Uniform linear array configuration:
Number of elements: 8
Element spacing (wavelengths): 1
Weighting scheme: binomial
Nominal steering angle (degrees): -45
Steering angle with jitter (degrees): -46.878
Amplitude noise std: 0.05
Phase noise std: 0.05

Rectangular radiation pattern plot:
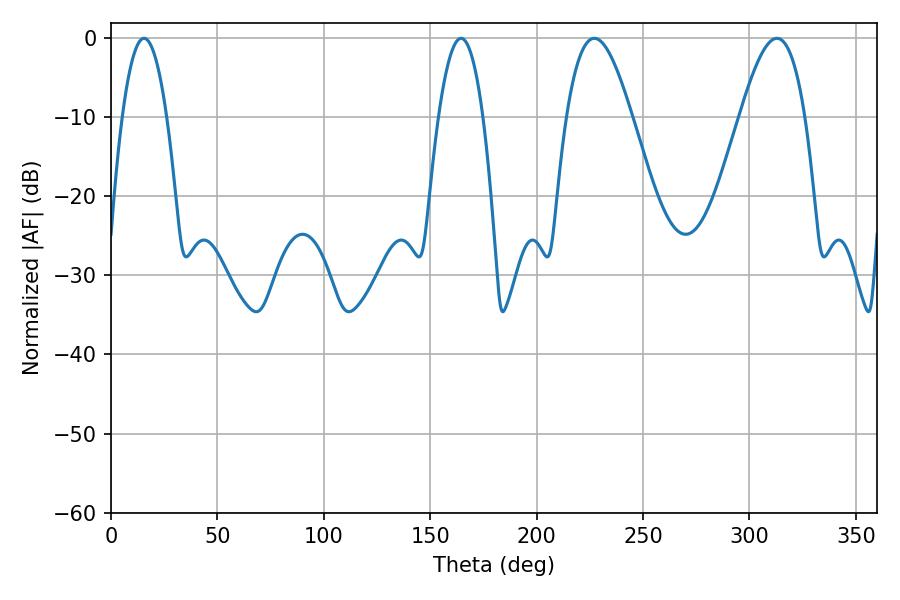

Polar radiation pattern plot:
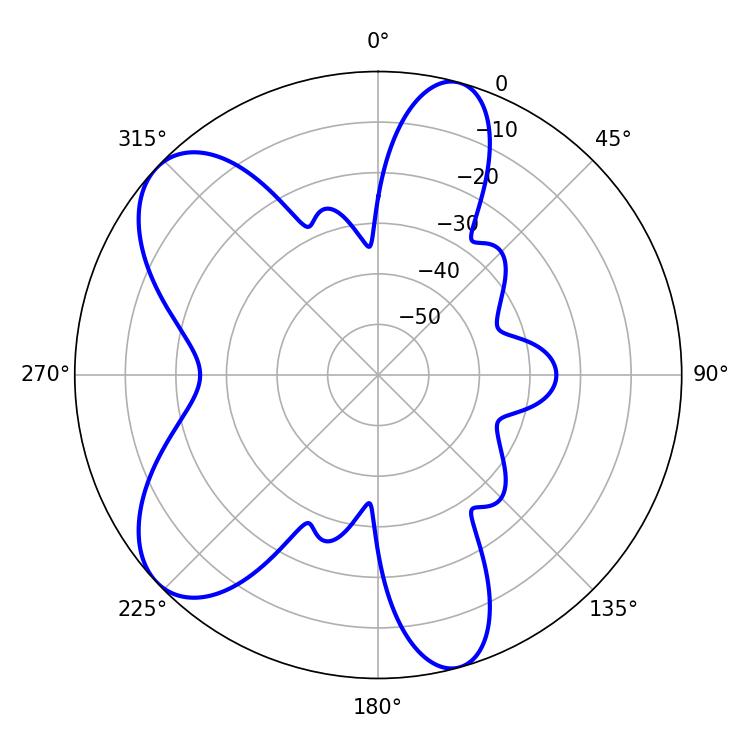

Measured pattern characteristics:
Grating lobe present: TRUE
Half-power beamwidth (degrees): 11.34
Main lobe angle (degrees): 15.48